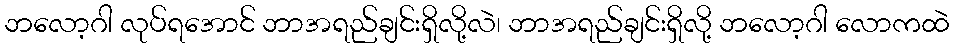
ဘလော့ဂါ လုပ်ရအောင် ဘာအရည်ချင်းရှိလို့လဲ၊ ဘာအရည်ချင်းရှိလို့ ဘလော့ဂါ လောကထဲ